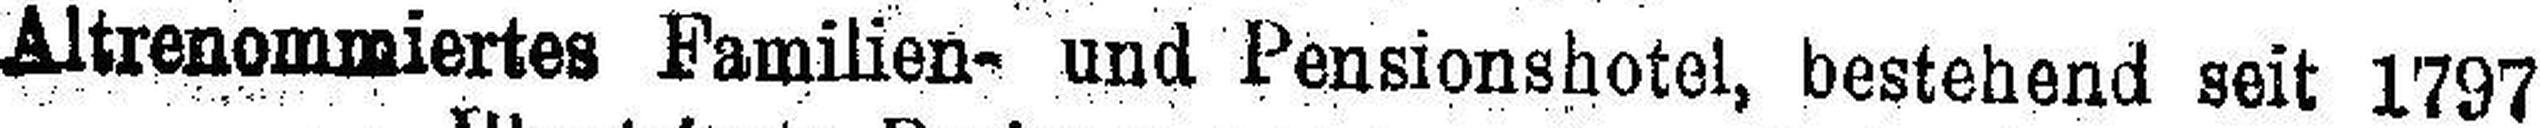
Altrenommiertes Familien- und Pensionshotel, bestehend seit 1797